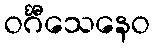
ဝင်္ဂီသေနေဝ